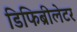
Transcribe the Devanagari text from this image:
डिफिब्रीलेटर